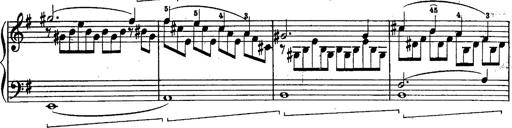
Title: Schubert's Impromptus [revised and edited by Franz Liszt]
Composer: Franz Liszt